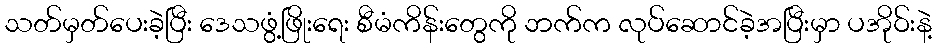
သတ်မှတ်ပေးခဲ့ပြီး ဒေသဖွံ့ဖြိုးရေး စီမံကိန်းတွေကို ဘက်က လုပ်ဆောင်ခဲ့အပြီးမှာ ပအိုဝ်းနဲ့